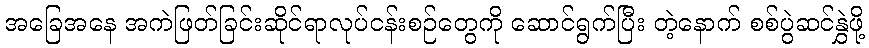
အခြေအနေ အကဲဖြတ်ခြင်းဆိုင်ရာလုပ်ငန်းစဉ်တွေကို ဆောင်ရွက်ပြီး တဲ့နောက် စစ်ပွဲဆင်နွှဲဖို့